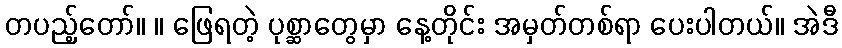
တပည့်တော်။ ။ ဖြေရတဲ့ ပုစ္ဆာတွေမှာ နေ့တိုင်း အမှတ်တစ်ရာ ပေးပါတယ်။ အဲဒီ